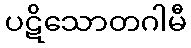
ပဋိသောတဂါမီ